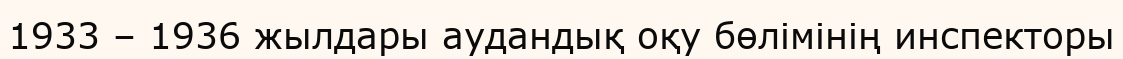
1933 – 1936 жылдары аудандық оқу бөлімінің инспекторы